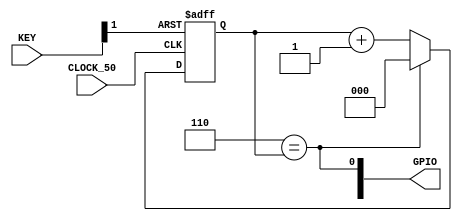
module const_div(CLOCK_50, KEY, GPIO);

input           CLOCK_50;
input   [1:0]   KEY;
output  [35:0]  GPIO;

parameter       DIV_BY = 7;
localparam      N = $clog2(DIV_BY);

reg     [N-1:0] cnt;

wire    sys_clk         = CLOCK_50;
wire    sys_rst_n       = KEY[1];
wire    sync_rst_cnt    = (DIV_BY-1) == cnt;

assign GPIO[0] = sync_rst_cnt;

always @(posedge sys_clk, negedge sys_rst_n) begin
    if(~sys_rst_n) begin
        cnt <= 0;
    end else begin
        if (sync_rst_cnt)
            cnt <= 0;
        else
            cnt <= cnt + 1'b1;
    end
end


endmodule